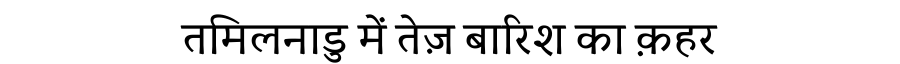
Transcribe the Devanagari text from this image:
तमिलनाडु में तेज़ बारिश का क़हर